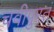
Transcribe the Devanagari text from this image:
चवीपुरतं